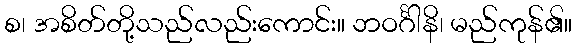
စ၊ အစိတ်တို့သည်လည်းကောင်း။ ဘဝင်္ဂါနိ၊ မည်ကုန်၏။